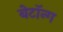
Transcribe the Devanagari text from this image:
बेटॉन्ग